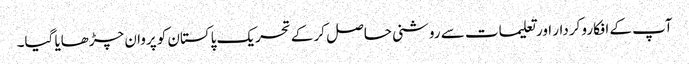
آپ کے افکارو کردار اور تعلیمات سے روشنی حاصل کر کے تحریک پاکستان کو پروان چڑھایا گیا۔